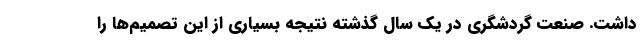
داشت. صنعت گردشگری در یک سال گذشته نتیجه بسیاری از این تصمیم‌ها را